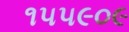
૧૫૫૯૦૯